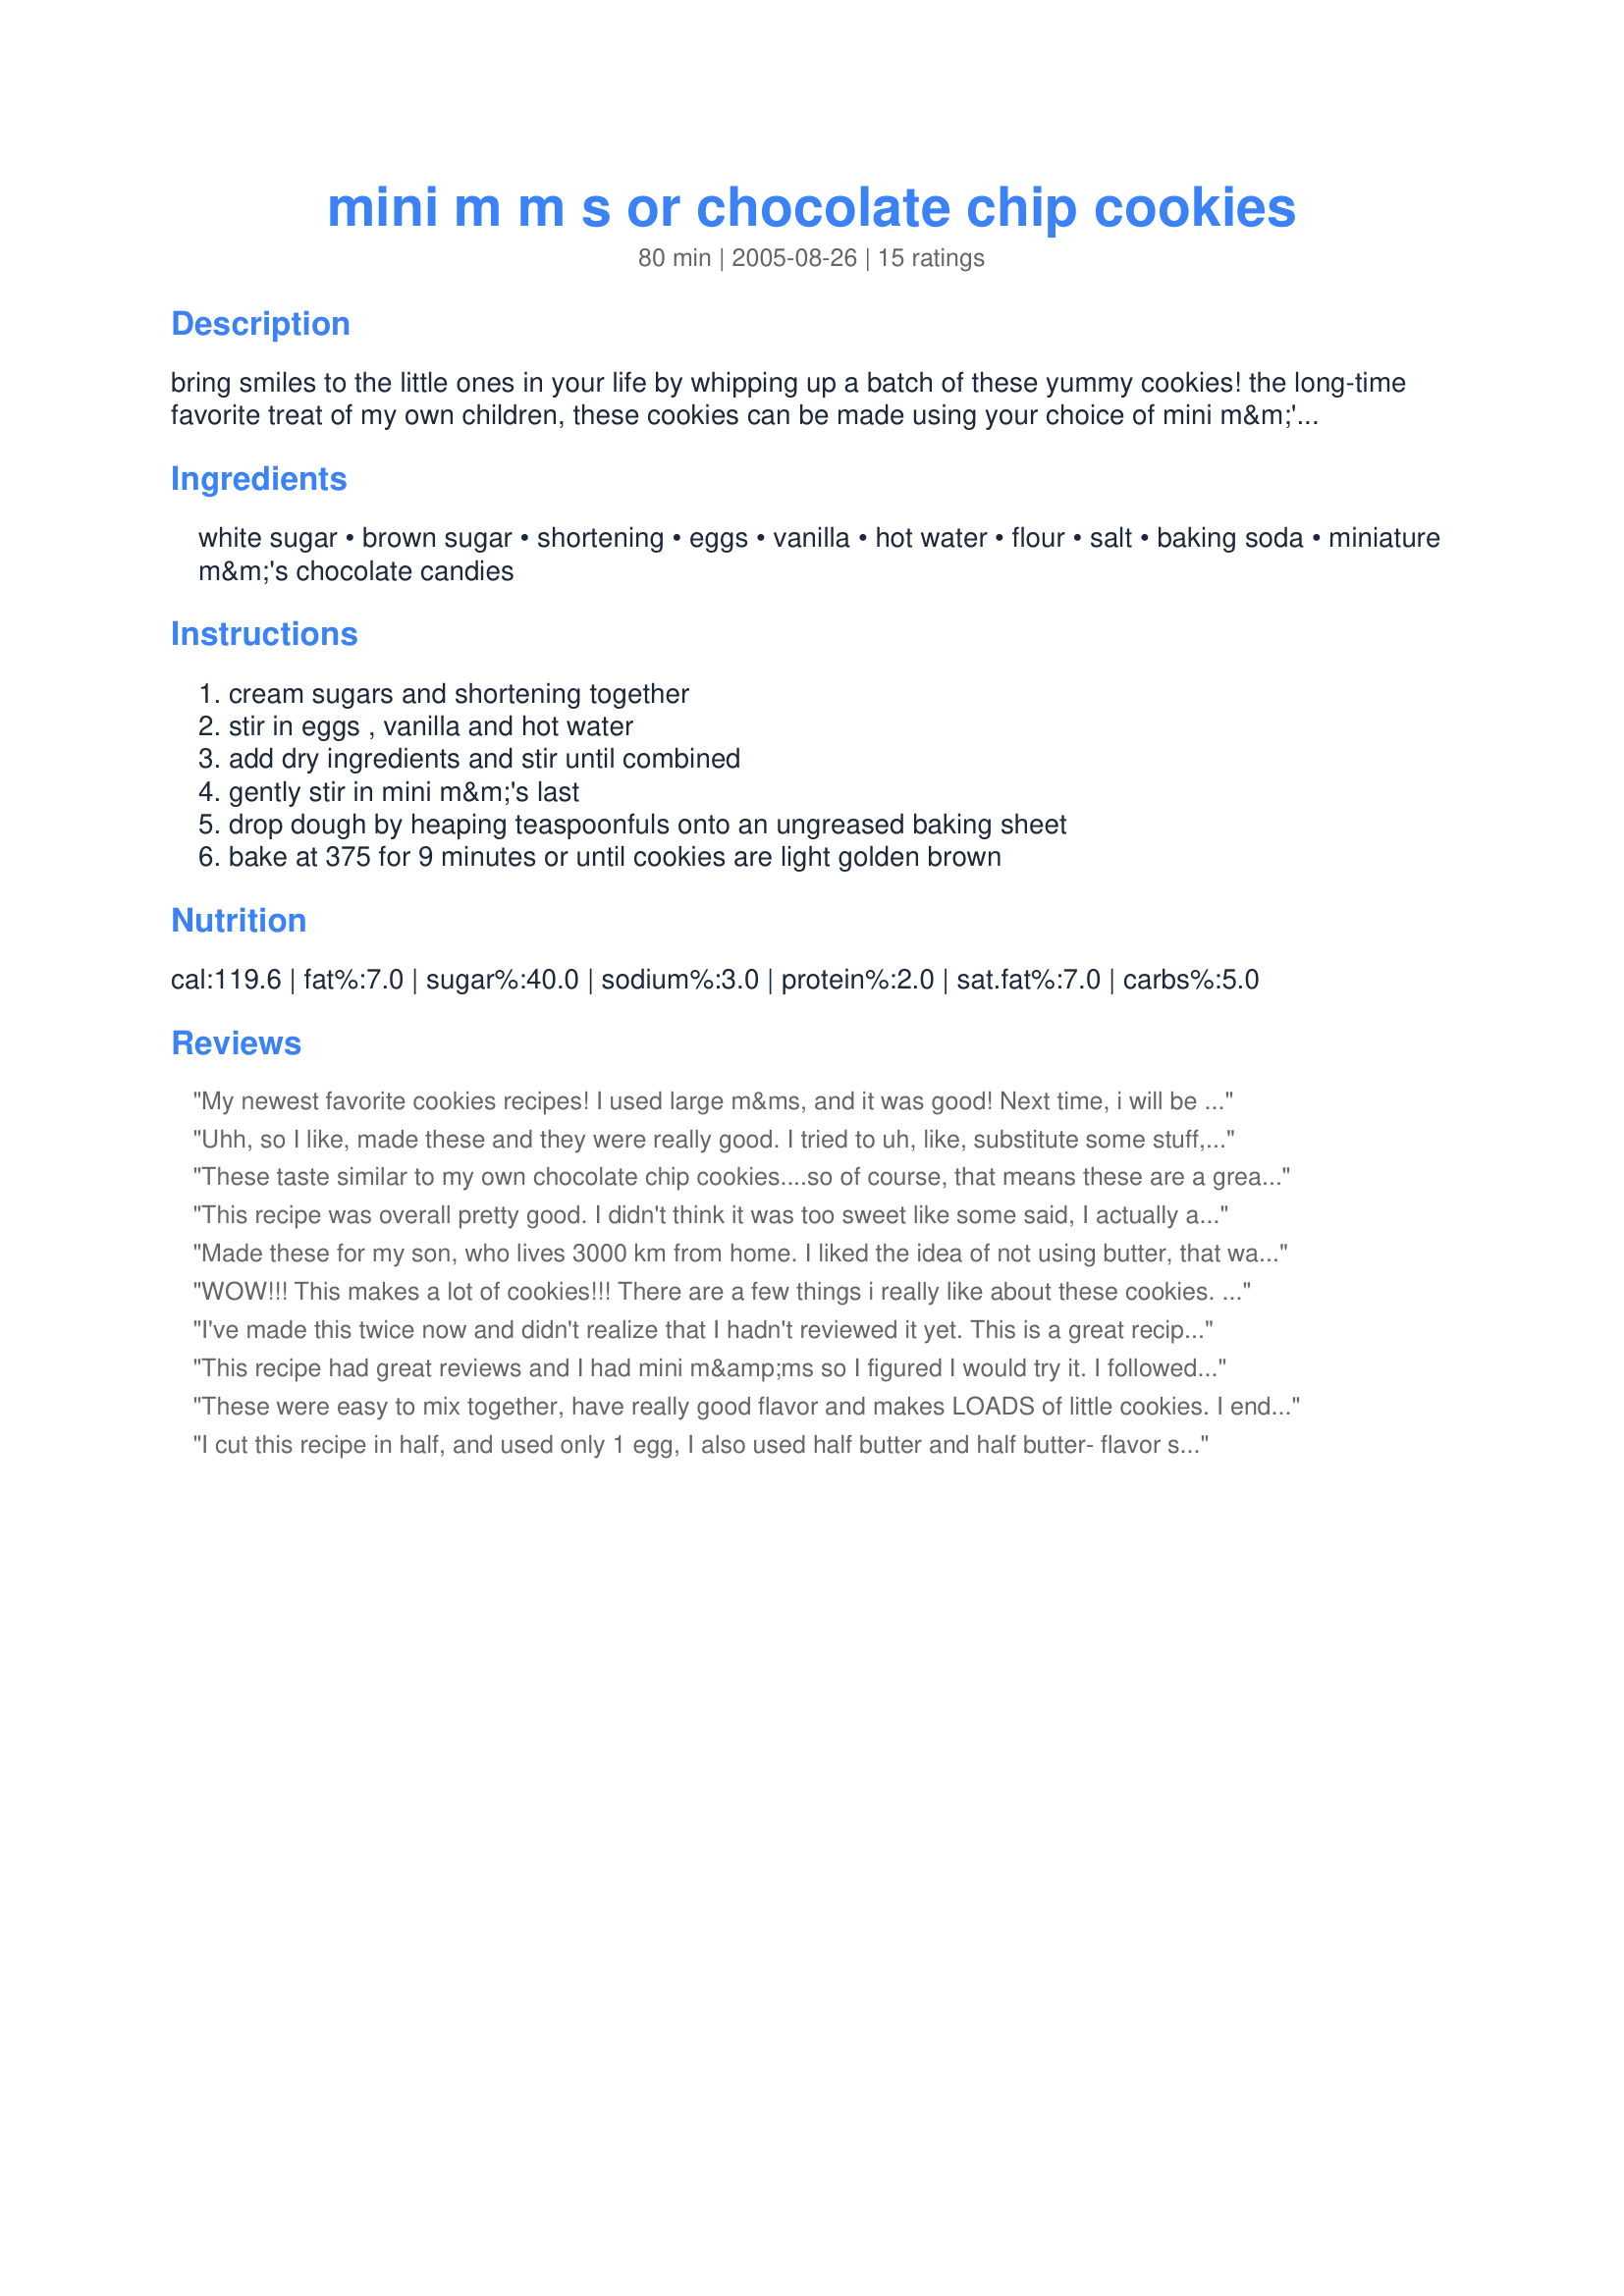
mini m m s or chocolate chip cookies
Preparation time: 80 minutes

bring smiles to the little ones in your life by whipping up a batch of these yummy cookies! the long-time favorite treat of my own children, these cookies can be made using your choice of mini m&m's, chocolate chips, or butterscotch chips. enjoy!

Ingredients:
white sugar, brown sugar, shortening, eggs, vanilla, hot water, flour, salt, baking soda, miniature m&m's chocolate candies

Steps:
cream sugars and shortening together, stir in eggs , vanilla and hot water, add dry ingredients and stir until combined, gently stir in mini m&m's last, drop dough by heaping teaspoonfuls onto an ungreased baking sheet, bake at 375 for 9 minutes or until cookies are light golden brown

Reviews:
My newest favorite cookies recipes! I used large m&ms, and it was good! Next time, i will be using chocolate chips
Uhh, so I like, made these and they were really good. I tried to uh, like, substitute some stuff, like baking powder for baking soda, and then my friend was like, 'uh, dude, that's not how it works,' so i fixed it and they came out fantastic. And I was like, 'sweet.'
These taste similar to my own chocolate chip cookies....so of course, that means these are a great cookie....lol. Actually, I think I like these a bit better than my own standby recipe....and I'm very particular about my chocolate chip cookies!! I agree with other reviewers comment about the soft dough....made it eady to mix. Loved them...will make them many times. Thanks for posting a great recipe. An
This recipe was overall pretty good. I didn't think it was too sweet like some said, I actually added about 1/4 cup more white sugar and didn't add the last 1/4 cup flour to the dough. They baked evenly and I even got creative on the last batch and added reese's pieces! They taste great! Thanks
Made these for my son, who lives 3000 km from home. I liked the idea of not using butter, that way they travel better. The addition of m&m's is an added bonus for him. :)
WOW!!! This makes a lot of cookies!!! There are a few things i really like about these cookies. i like that they make a nice, big batch. i also noticed when i was stirring in all the flour how easy they were to stir; as a result, they're a real nice, light, chewy cookie. i didn't have m&ms and wanted them to appeal to the kiddies so i used smarties that i had in the house. i won't do that again. the smarties kept their shape which was nice; however, even when they're warm the smarties pieces remained pretty crunchy. i prefer chocolate pieces that melt and get all over your face and fingers. i also made a point of strategically placing some smarties on the top after i had spooned them out onto the baking sheet. when they cooked they really looked appealing with lots of colorful smarties right on top where kids like them. my only complaint was the sweetness. i know that sounds ridiculous-it's a cookie; however, these were much sweeter than the ones i usually make. my kids on the other hand love them! so, it's a personal thing-the recipe is great and i'll make them again when i'm having a kids party.
I've made this twice now and didn't realize that I hadn't reviewed it yet. This is a great recipe! It makes a lot and I love that because I can freeze some for later.
This recipe had great reviews and I had mini m&amp;ms so I figured I would try it. I followed this recipe almost exactly, just used a little less flour since the consistency was very thick and dry. The cookies were very thick and doughy almost like scones or something. Using all shortening in this recipe gave the cookies a fake, chemical- like taste. They were not very sweet and definitely not indulgent. Chocolate Chip Cookies are a classic that everyone enjoys and these cookies completely miss the mark.
These were easy to mix together, have really good flavor and makes LOADS of little cookies. I ended up with 135 cookies. But then I didn't use heaping teaspoonfuls either. I WILl be using this one again. I did add half a tsp. of almond extract (mood just struck me) and then cut the water back slightly to make up for it. I think I would like to try them with half butter also, just for comparison.
Thanks for sharing.
I cut this recipe in half, and used only 1 egg, I also used half butter and half butter- flavor shortening, this worked out quite well, I had some M&M's mini chocolate candies left over in my freezer from Halloween, so I added them in. Thanks for a good cookie recipe Deb!...Kitten:)
Loved these!!! Easy and delicious!!!
This is a fabulous recipe. I used all dark brown sugar and substituted all butter for shortening. I used one bag of m&ms in the dough and then pressed m&ms from a second bag onto the tops of the cookies before baking. Made them turn out very pretty. Watch carefully they are easy to overbake but if watched they are delicious and this batch makes a lot!
Pictures of my cookies are at the top.
What an easy, excellent recipe! And it makes a ton of cookies. Have to watch and take them out as soon as the edges begin to turn brown. They don't look done but after a minute on the cookie sheet they are!
instant favorites. we made it for members of our family who are away at camp this year! the second time around we substituted 1/2 of the amount of shortening with unsalted butter, and they turned out great. we also used bittersweet chocolate chips AND m&ms for an extra-chocolatey kick.
Just like the ones you buy at the bakery. I used 1/2 c butter and 1 c shortening, and regular m&ms. My oven cooks hot so they took 9 mins on 350.
